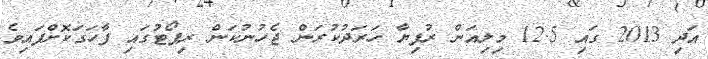
އަދި 2013 ގައި 12.5 މިލިއަން ރުފިޔާ ހަރަދުކުރަން ޖެހުނުކަން ރިޕޯޓުގައި ފާހަގަކޮށްފައިވެ